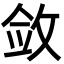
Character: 敛